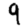
Digit: 9